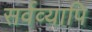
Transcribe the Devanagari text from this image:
सर्वव्यापि